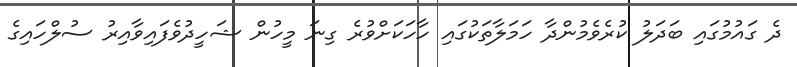
ދެ ގައުމުގައި ބަދަލު ކުރެވެމުންދާ ހަމަލާތަކުގައި ހާހަކަށްވުރެ ގިނަ މީހުން ޝަހީދުވެފައިވާއިރު ސުލްހައިގެ